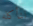
لنأكله